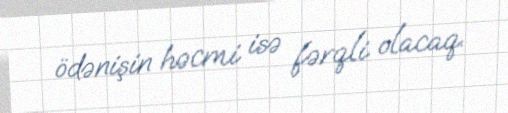
ödənişin həcmi isə fərqli olacaq.